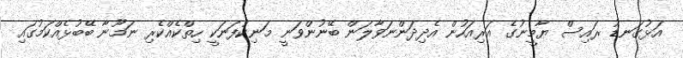
އަޅުގަނޑު ރައިސް ޔާމީނުގެ އަރިއަހުން އެދިދަންނަވާލަން ބޭނުންވަނީ މަނިކުފަނަކީ ހިތްކެއްކެރި ނަމޫނާ ބޭބުޅެއްކަމުގައި